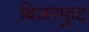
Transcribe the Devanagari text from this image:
बिअरफुट